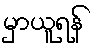
မှာယူရန်